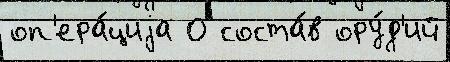
оп'ера́циjа О соста́в ору́д'ий